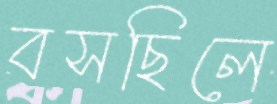
বসছিলে